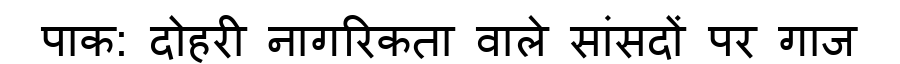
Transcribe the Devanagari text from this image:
पाक: दोहरी नागरिकता वाले सांसदों पर गाज